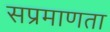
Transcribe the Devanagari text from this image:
सप्रमाणता